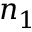
n _ { 1 }